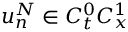
u _ { n } ^ { N } \in C _ { t } ^ { 0 } C _ { x } ^ { 1 }